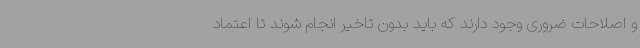
و اصلاحات ضروری وجود دارند که باید بدون تاخیر انجام شوند تا اعتماد